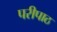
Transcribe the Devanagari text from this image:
परीपाठ